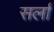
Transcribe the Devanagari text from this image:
सर्ला